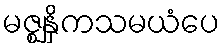
မဇ္ဈနှိကသမယံပေ